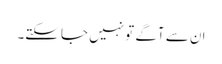
ان سے آگے تو نہیں جا سکتے۔